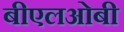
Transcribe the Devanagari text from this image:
बीएलओबी